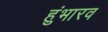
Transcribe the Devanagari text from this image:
हुंभारव